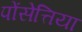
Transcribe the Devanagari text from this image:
पोंसेत्तिया